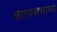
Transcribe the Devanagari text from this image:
शतपथभाष्य